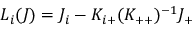
L _ { i } ( J ) = J _ { i } - K _ { i + } ( K _ { + + } ) ^ { - 1 } J _ { + }